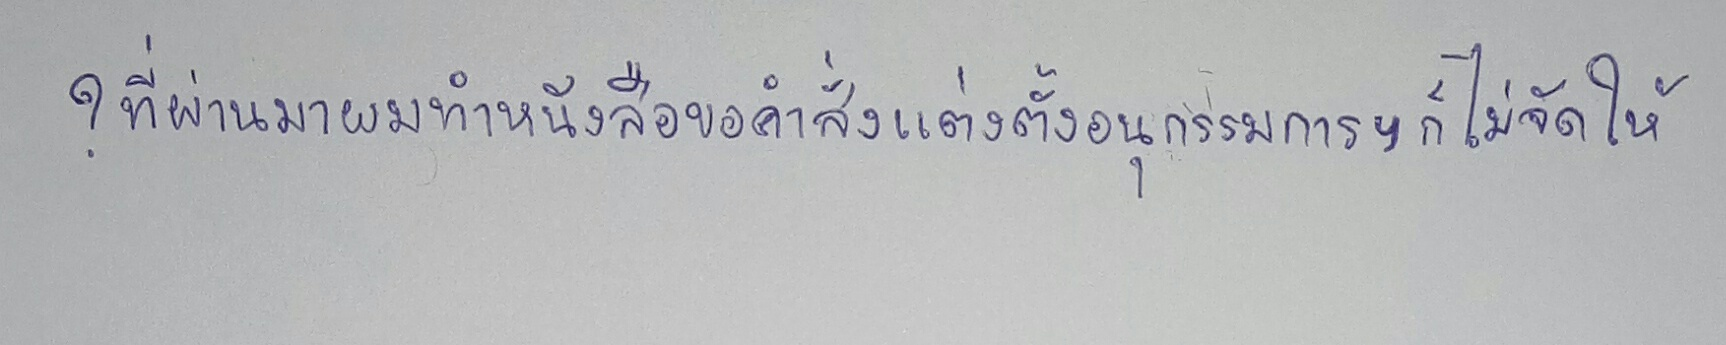
?ที่ผ่านมาผมทำหนังสือขอคำสั่งแต่งตั้งอนุกรรมการฯก็ไม่จัดให้